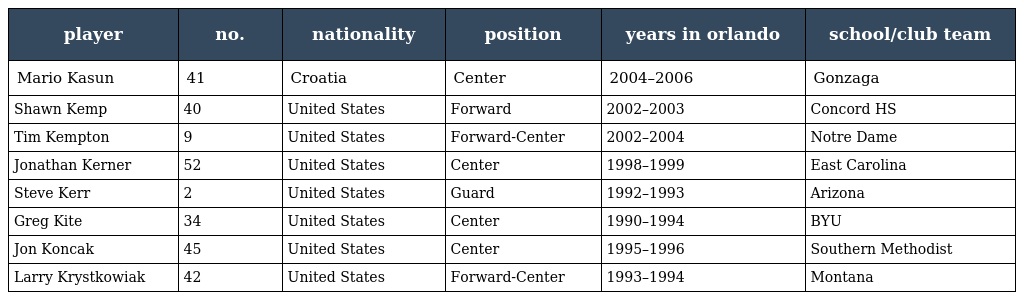
| player | no. | nationality | position | years in orlando | school/club team |
 | --- | --- | --- | --- | --- | --- |
 | Mario Kasun | 41 | Croatia | Center | 2004–2006 | Gonzaga |
 | Shawn Kemp | 40 | United States | Forward | 2002–2003 | Concord HS |
 | Tim Kempton | 9 | United States | Forward-Center | 2002–2004 | Notre Dame |
 | Jonathan Kerner | 52 | United States | Center | 1998–1999 | East Carolina |
 | Steve Kerr | 2 | United States | Guard | 1992–1993 | Arizona |
 | Greg Kite | 34 | United States | Center | 1990–1994 | BYU |
 | Jon Koncak | 45 | United States | Center | 1995–1996 | Southern Methodist |
 | Larry Krystkowiak | 42 | United States | Forward-Center | 1993–1994 | Montana |